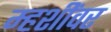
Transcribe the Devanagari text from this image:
म्हशींवर